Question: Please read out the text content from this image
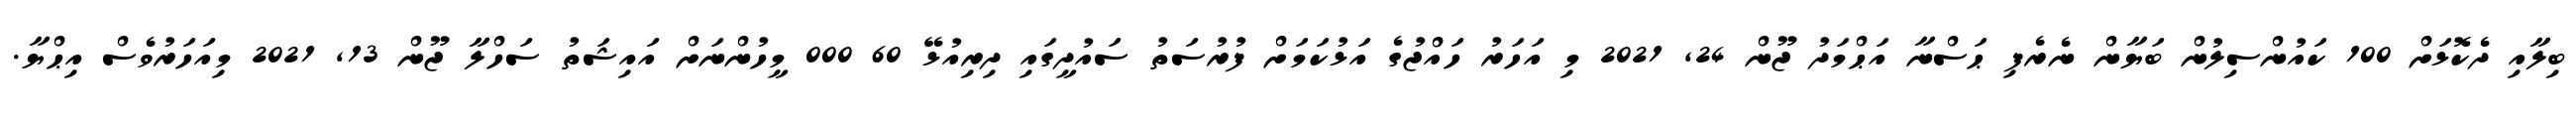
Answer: ބިލާއި ދެކޮޅަށް 100 ކައުންސިލުން ބަޔާން ނެރެފި ޙަސްނާ އަޙްމަދު ޖޫން 24, 2021 މި އަހަރު ހައްޖުގެ އަޅުކަމަށް ފުރުސަތު ސައުދީގައި ދިރިއުޅޭ 60 000 މީހުންނަށް އައިޝަތު ސަހްލާ ޖޫން 13, 2021 މިއަހަރުވެސް އިޙްޔާ.